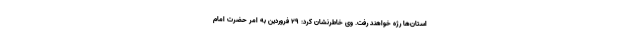
استان‌ها رژه خواهند رفت. وی خاطرنشان کرد: ۲۹ فروردین به امر حضرت امام